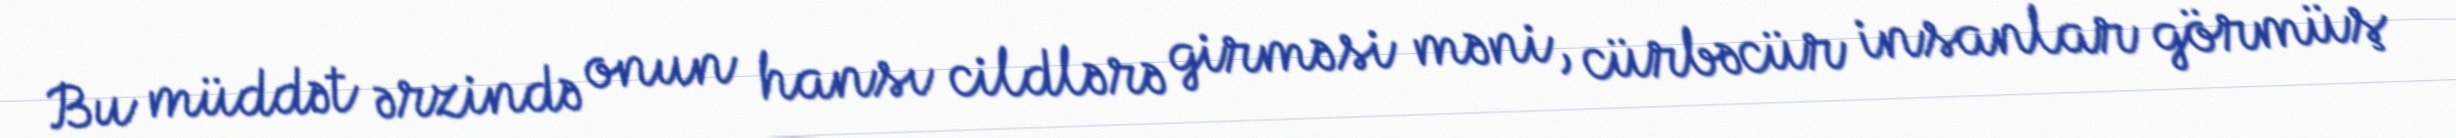
Bu müddət ərzində onun hansı cildlərə girməsi məni, cürbəcür insanlar görmüş